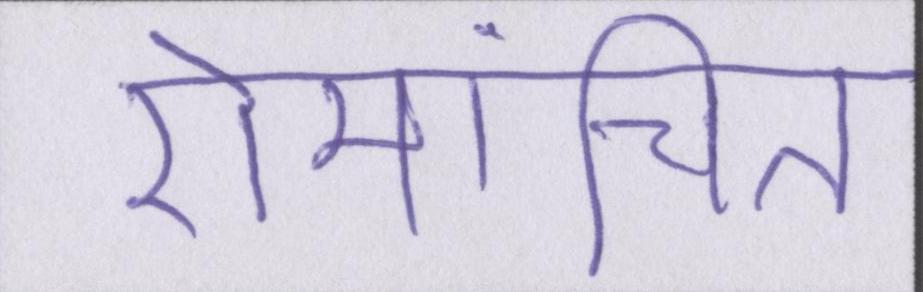
रोमांचित